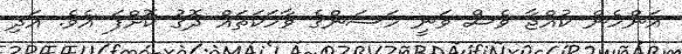
އަންހެން ކުއްޖާ ވެސް ވަނީ ހަސަންގެ ވާހަކަތައް ދޮގު ކޮށްފަ އެވެ. އަދި